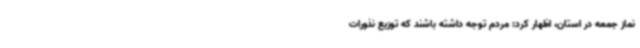
نماز جمعه در استان، اظهار کرد: مردم توجه داشته باشند که توزیع نذورات